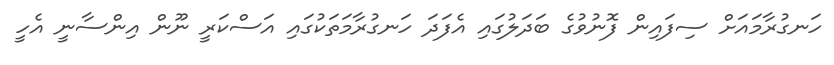
ހަނގުރާމައަށް ސިފައިން ފޮނުވުގެ ބަދަލުގައި އެފަދަ ހަނގުރާމަތަކުގައި އަސްކަރީ ނޫން އިންސާނީ އެހީ